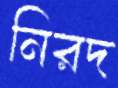
নিরদ